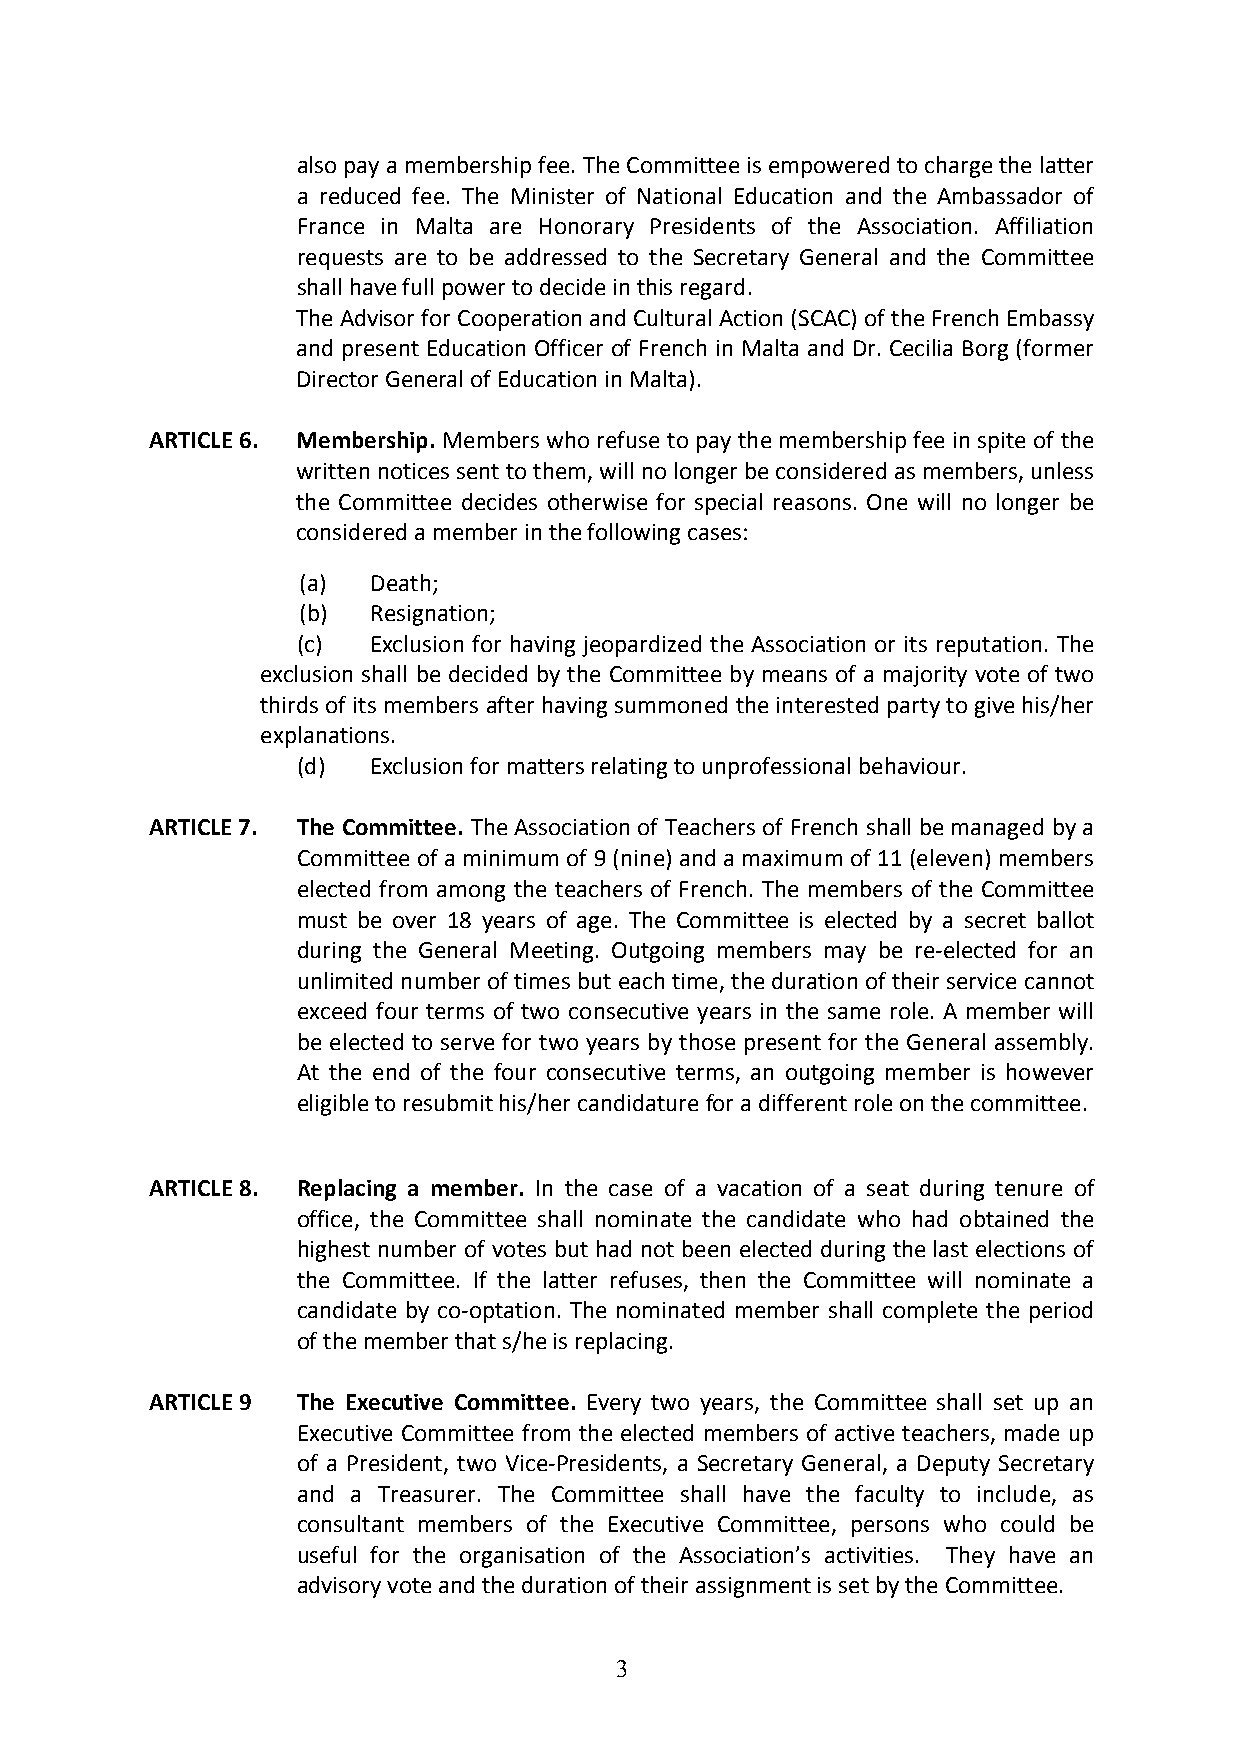
also pay a membership fee. The Committee is empowered to charge the latter
 a reduced fee. The Minister of National Education and the Ambassador of
 France in Malta are Honorary Presidents of the Association. Affiliation
 requests are to be addressed to the Secretary General and the Committee
 shall have full power to decide in this regard.
 The Advisor for Cooperation and Cultural Action (SCAC) of the French Embassy
 and present Education Officer of French in Malta and Dr. Cecilia Borg (former
 Director General of Education in Malta).
 ARTICLE 6. Membership. Members who refuse to pay the membership fee in spite of the
 written notices sent to them, will no longer be considered as members, unless
 the Committee decides otherwise for special reasons. One will no longer be
 considered a member in the following cases:
 (a)  Death;
 (b)  Resignation;
 (c)  Exclusion for having jeopardized the Association or its reputation. The
 exclusion shall be decided by the Committee by means of a majority vote of two
 thirds of its members after having summoned the interested party to give his/her
 explanations.
 (d)  Exclusion for matters relating to unprofessional behaviour.
 ARTICLE 7. The Committee. The Association of Teachers of French shall be managed by a
 Committee of a minimum of 9 (nine) and a maximum of 11 (eleven) members
 elected from among the teachers of French. The members of the Committee
 must be over 18 years of age. The Committee is elected by a secret ballot
 during the General Meeting. Outgoing members may be re-­‐elected for an
 unlimited number of times but each time, the duration of their service cannot
 exceed four terms of two consecutive years in the same role. A member will
 be elected to serve for two years by those present for the General assembly.
 At the end of the four consecutive terms, an outgoing member is however
 eligible to resubmit his/her candidature for a different role on the committee.
 ARTICLE 8. Replacing a member. In the case of a vacation of a seat during tenure of
 office, the Committee shall nominate the candidate who had obtained the
 highest number of votes but had not been elected during the last elections of
 the Committee. If the latter refuses, then the Committee will nominate a
 candidate by co-­‐optation. The nominated member shall complete the period
 of the member that s/he is replacing.
 ARTICLE 9 The Executive Committee. Every two years, the Committee shall set up an
 Executive Committee from the elected members of active teachers, made up
 of a President, two Vice-­‐Presidents, a Secretary General, a Deputy Secretary
 and a Treasurer. The Committee shall have the faculty to include, as
 consultant members of the Executive Committee, persons who could be
 useful for the organisation of the Association’s activities. They have an
 advisory vote and the duration of their assignment is set by the Committee.
 3